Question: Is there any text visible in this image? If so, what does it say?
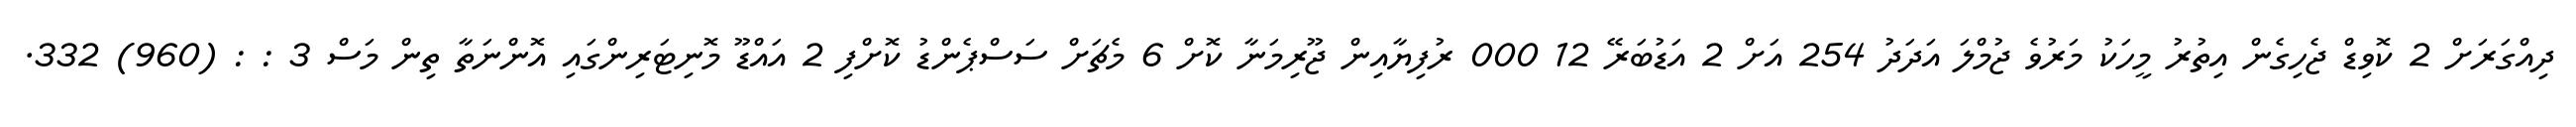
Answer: ދިއްގަރަށް 2 ކޮވިޑް ޖެހިގެން އިތުރު މީހަކު މަރުވެ ޖުމްލަ އަދަދު 254 އަށް 2 އަޑުބަރޭ 12 000 ރުފިޔާއިން ޖޫރިމަނާ ކޮށް 6 މެޗަށް ސަސްޕެންޑު ކޮށްފި 2 އައްޑޫ މޮނިޓަރިންގައި އޮންނަތާ ތިން މަސް 3 : : (960) 332.